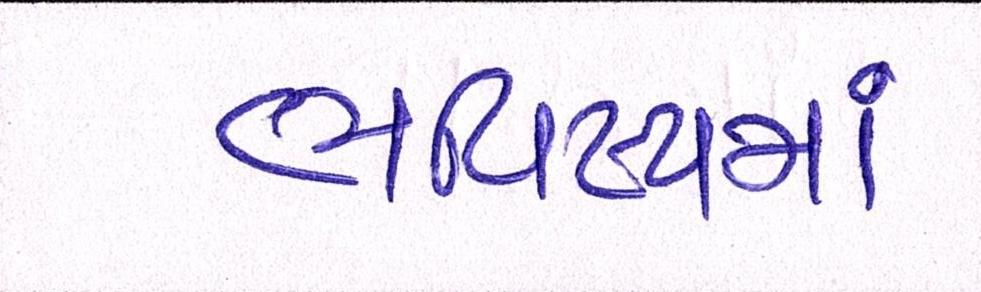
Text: ભવિષ્યમાં